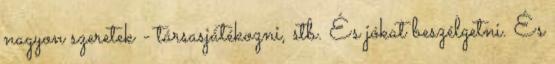
nagyon szeretek - társasjátékozni, stb. És jókat beszélgetni. És